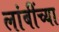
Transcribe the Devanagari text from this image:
लांबींच्या